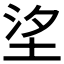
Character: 𡋆